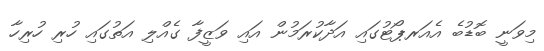
މިވަނީ ބޮޑުބެ އެއަރޕޯޓުގައި އަދާކުރަމުން އައި ވަޒީފާ ގެއްލި އަތުގައި ހުރި ހުރިހާ